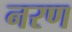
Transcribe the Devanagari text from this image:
नरण